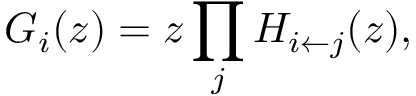
G _ { i } ( z ) = z \prod _ { j } H _ { i \leftarrow j } ( z ) ,